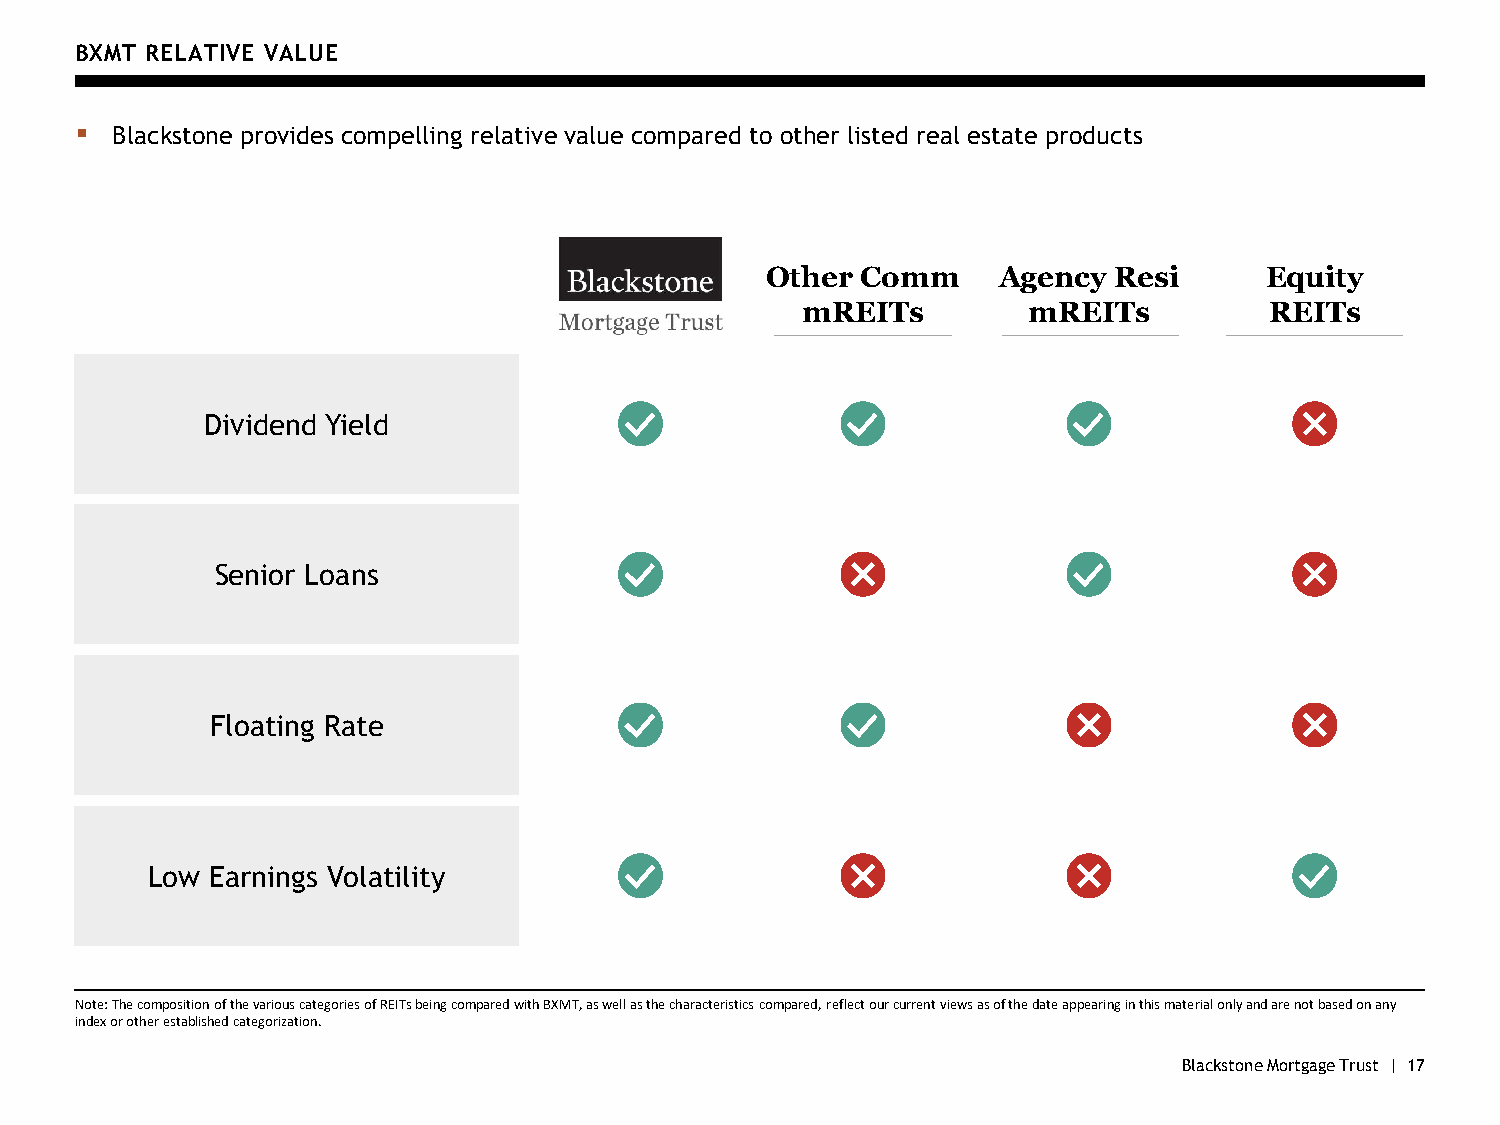
BXMT RELATIVE VALUE
 ▪ Blackstone provides compelling relative value compared to other listed real estate products
 Other Comm     Agency  Resi      Equity
 mREITs         mREITs          REITs
 Dividend Yield
 Senior Loans
 Floating Rate
 Low Earnings Volatility
 Note: The composition of the various categories of REITs being compared with BXMT, as well as the characteristics compared, reflect our current views as of the date appearing in this material only and are not based on any
 index or other established categorization.
 Blackstone Mortgage Trust | 17